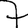
Digit: 7